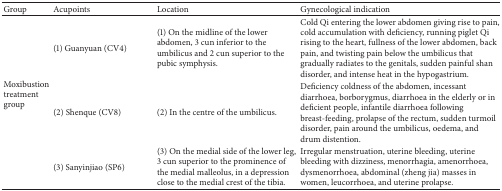
<table><thead><tr><td><b>Group</b></td><td><b>Acupoints</b></td><td><b>Location</b></td><td><b>Gynecological indication</b></td></tr></thead><tbody><tr><td rowspan="3">Moxibustion treatment group</td><td>(1) Guanyuan (CV4)</td><td>(1) On the midline of the lower abdomen, 3 cun inferior to the umbilicus and 2 cun superior to the pubic symphysis. </td><td>Cold Qi entering the lower abdomen giving rise to pain, cold accumulation with deficiency, running piglet Qi rising to the heart, fullness of the lower abdomen, back pain, and twisting pain below the umbilicus that gradually radiates to the genitals, sudden painful shan disorder, and intense heat in the hypogastrium.</td></tr><tr><td>(2) Shenque (CV8)</td><td>(2) In the centre of the umbilicus.</td><td>Deficiency coldness of the abdomen, incessant diarrhoea, borborygmus, diarrhoea in the elderly or in deficient people, infantile diarrhoea following breast-feeding, prolapse of the rectum, sudden turmoil disorder, pain around the umbilicus, oedema, and drum distention.</td></tr><tr><td>(3) Sanyinjiao (SP6)</td><td>(3) On the medial side of the lower leg, 3 cun superior to the prominence of the medial malleolus, in a depression close to the medial crest of the tibia.</td><td>Irregular menstruation, uterine bleeding, uterine bleeding with dizziness, menorrhagia, amenorrhoea, dysmenorrhoea, abdominal (zheng jia) masses in women, leucorrhoea, and uterine prolapse.</td></tr></tbody></table>